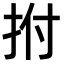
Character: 拊